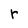
Character: r